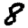
Digit: 8